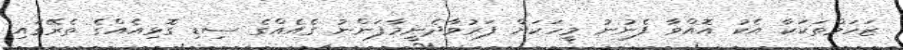
ޒަހަމްތަކަކާ އެކު އޮއްވާ ފެނުނު މީހަކަށް ފަރުވާދެނީމާފަންނު ގެއެއްގެ ސިޑި ގޮޅިއެއްގެ ތެރޭގައި